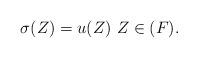
LaTeX: \begin{align*} \sigma(Z)=u(Z)~ Z \in (F). \end{align*}